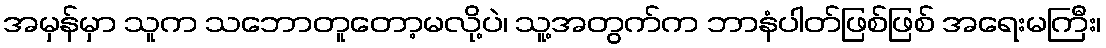
အမှန်မှာ သူက သဘောတူတော့မလို့ပဲ၊ သူ့အတွက်က ဘာနံပါတ်ဖြစ်ဖြစ် အရေးမကြီး၊